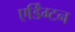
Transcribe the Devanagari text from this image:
एर्डिंग्टन